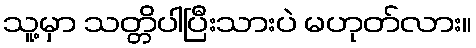
သူ့မှာ သတ္တိပါပြီးသားပဲ မဟုတ်လား။